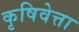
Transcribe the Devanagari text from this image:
कृषिवेत्ता